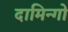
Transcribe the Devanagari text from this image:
दामिन्गो